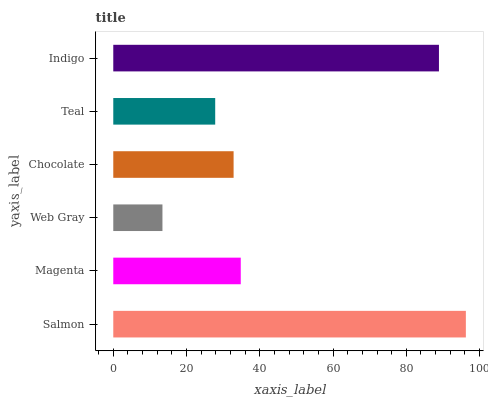
| yaxis_label | bars |
 | --- | --- |
 | Salmon | 96.3 |
 | Magenta | 34.8 |
 | Web Gray | 13.4 |
 | Chocolate | 32.8 |
 | Teal | 27.8 |
 | Indigo | 88.9 |